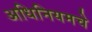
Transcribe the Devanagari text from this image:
अधिनियमचे